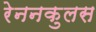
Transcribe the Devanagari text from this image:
रेननकुलस